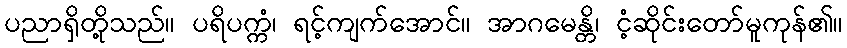
ပညာရှိတို့သည်။ ပရိပက္ကံ၊ ရင့်ကျက်အောင်။ အာဂမေန္တိ၊ ငံ့ဆိုင်းတော်မူကုန်၏။